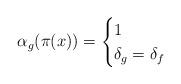
LaTeX: \begin{align*}\alpha_{g}(\pi(x))=\begin{cases}1 \\\delta_{g}=\delta_{f} \end{cases}\end{align*}